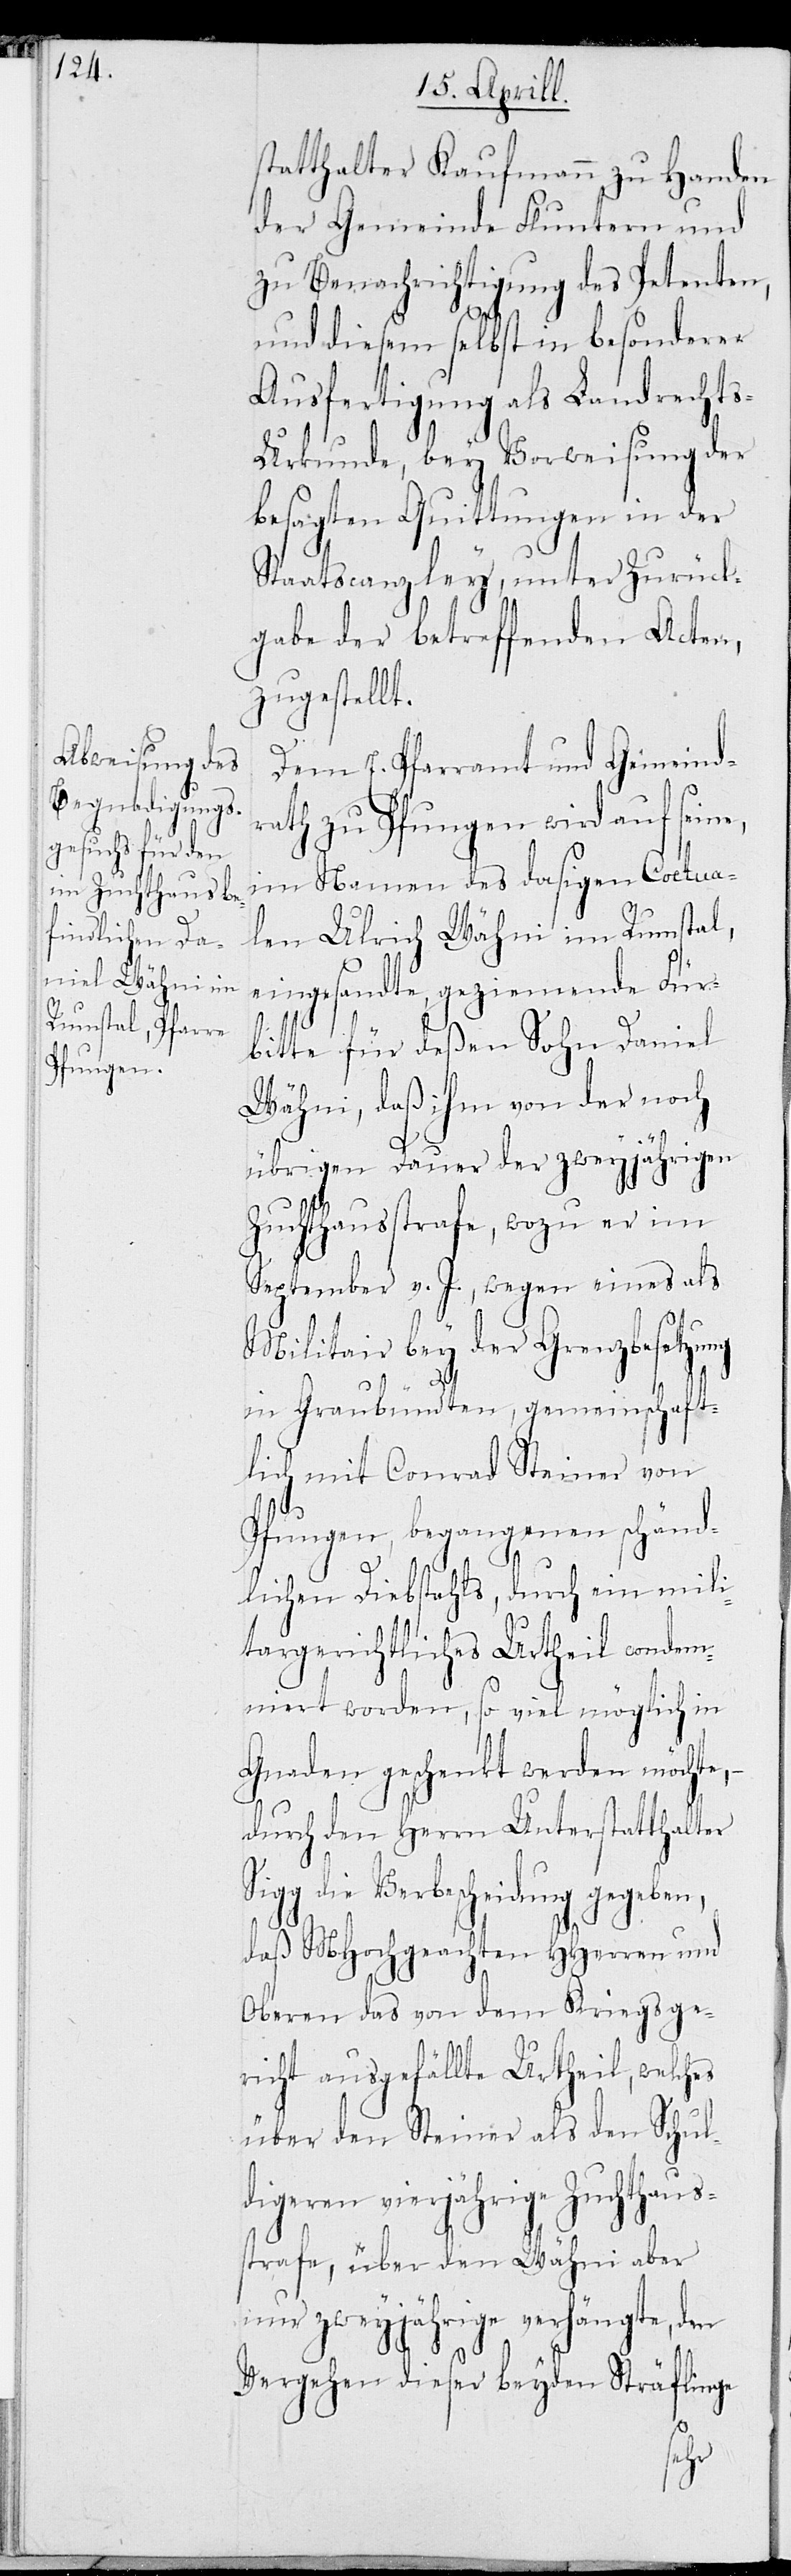
statthalter Kaufmann zu Handen
der Gemeinde Fluntern und
zu Benachrichtigung des Petenten,
und diesem selbst in besonderer
Ausfertigung als Landrecht¬
s-Urkunde, bey Vorweisung der
besagten Quittungen in der
Staatscanzley, unter Zurück¬
gabe der betreffenden Acten,
zugestellt.
Dem E. Pfarramt und Gemeind¬
rath zu Pfungen wird auf sein¬
im Namen des dasigen Coetua¬
len Ulrich Wähni im Rumstal,
eingesandte, geziemende Für¬
bitte für deßen Sohn Daniel
Wähni, daß ihm von der noch
übrigen Dauer der zweyjährigen
Zuchthausstrafe, wozu er im
September v. J., wegen eines als
Militair bey der Grenzbefestigung
in Graubündten, gemeinschaft¬
lich mit Conrad Steiner von
Pfungen, begangenen schänd¬
lichen Diebstahls, durch ein mili¬
targerichtliches Urtheil condem¬
niert worden, so viel möglich in
Gnaden geschenkt werden möchte,
durch den Herrn Unterstatthalter
Sigg die Verbscheidung gegeben,
daß MHochgeachten HHerren und
Oberen das von dem Kriegsge¬
richt ausgefällte Urtheil, welches
über den Steiner als den Schul¬
digeren vierjährige Zuchthaus¬
strafe, über den Wähni aber
nur zweyjährige verhängte, der
Vergehen dieser beyden Sträflinge
e,